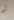
تم